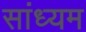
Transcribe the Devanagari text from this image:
सांध्यम